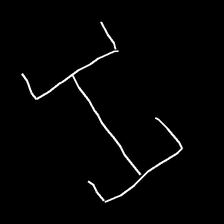
Glyph: entwine